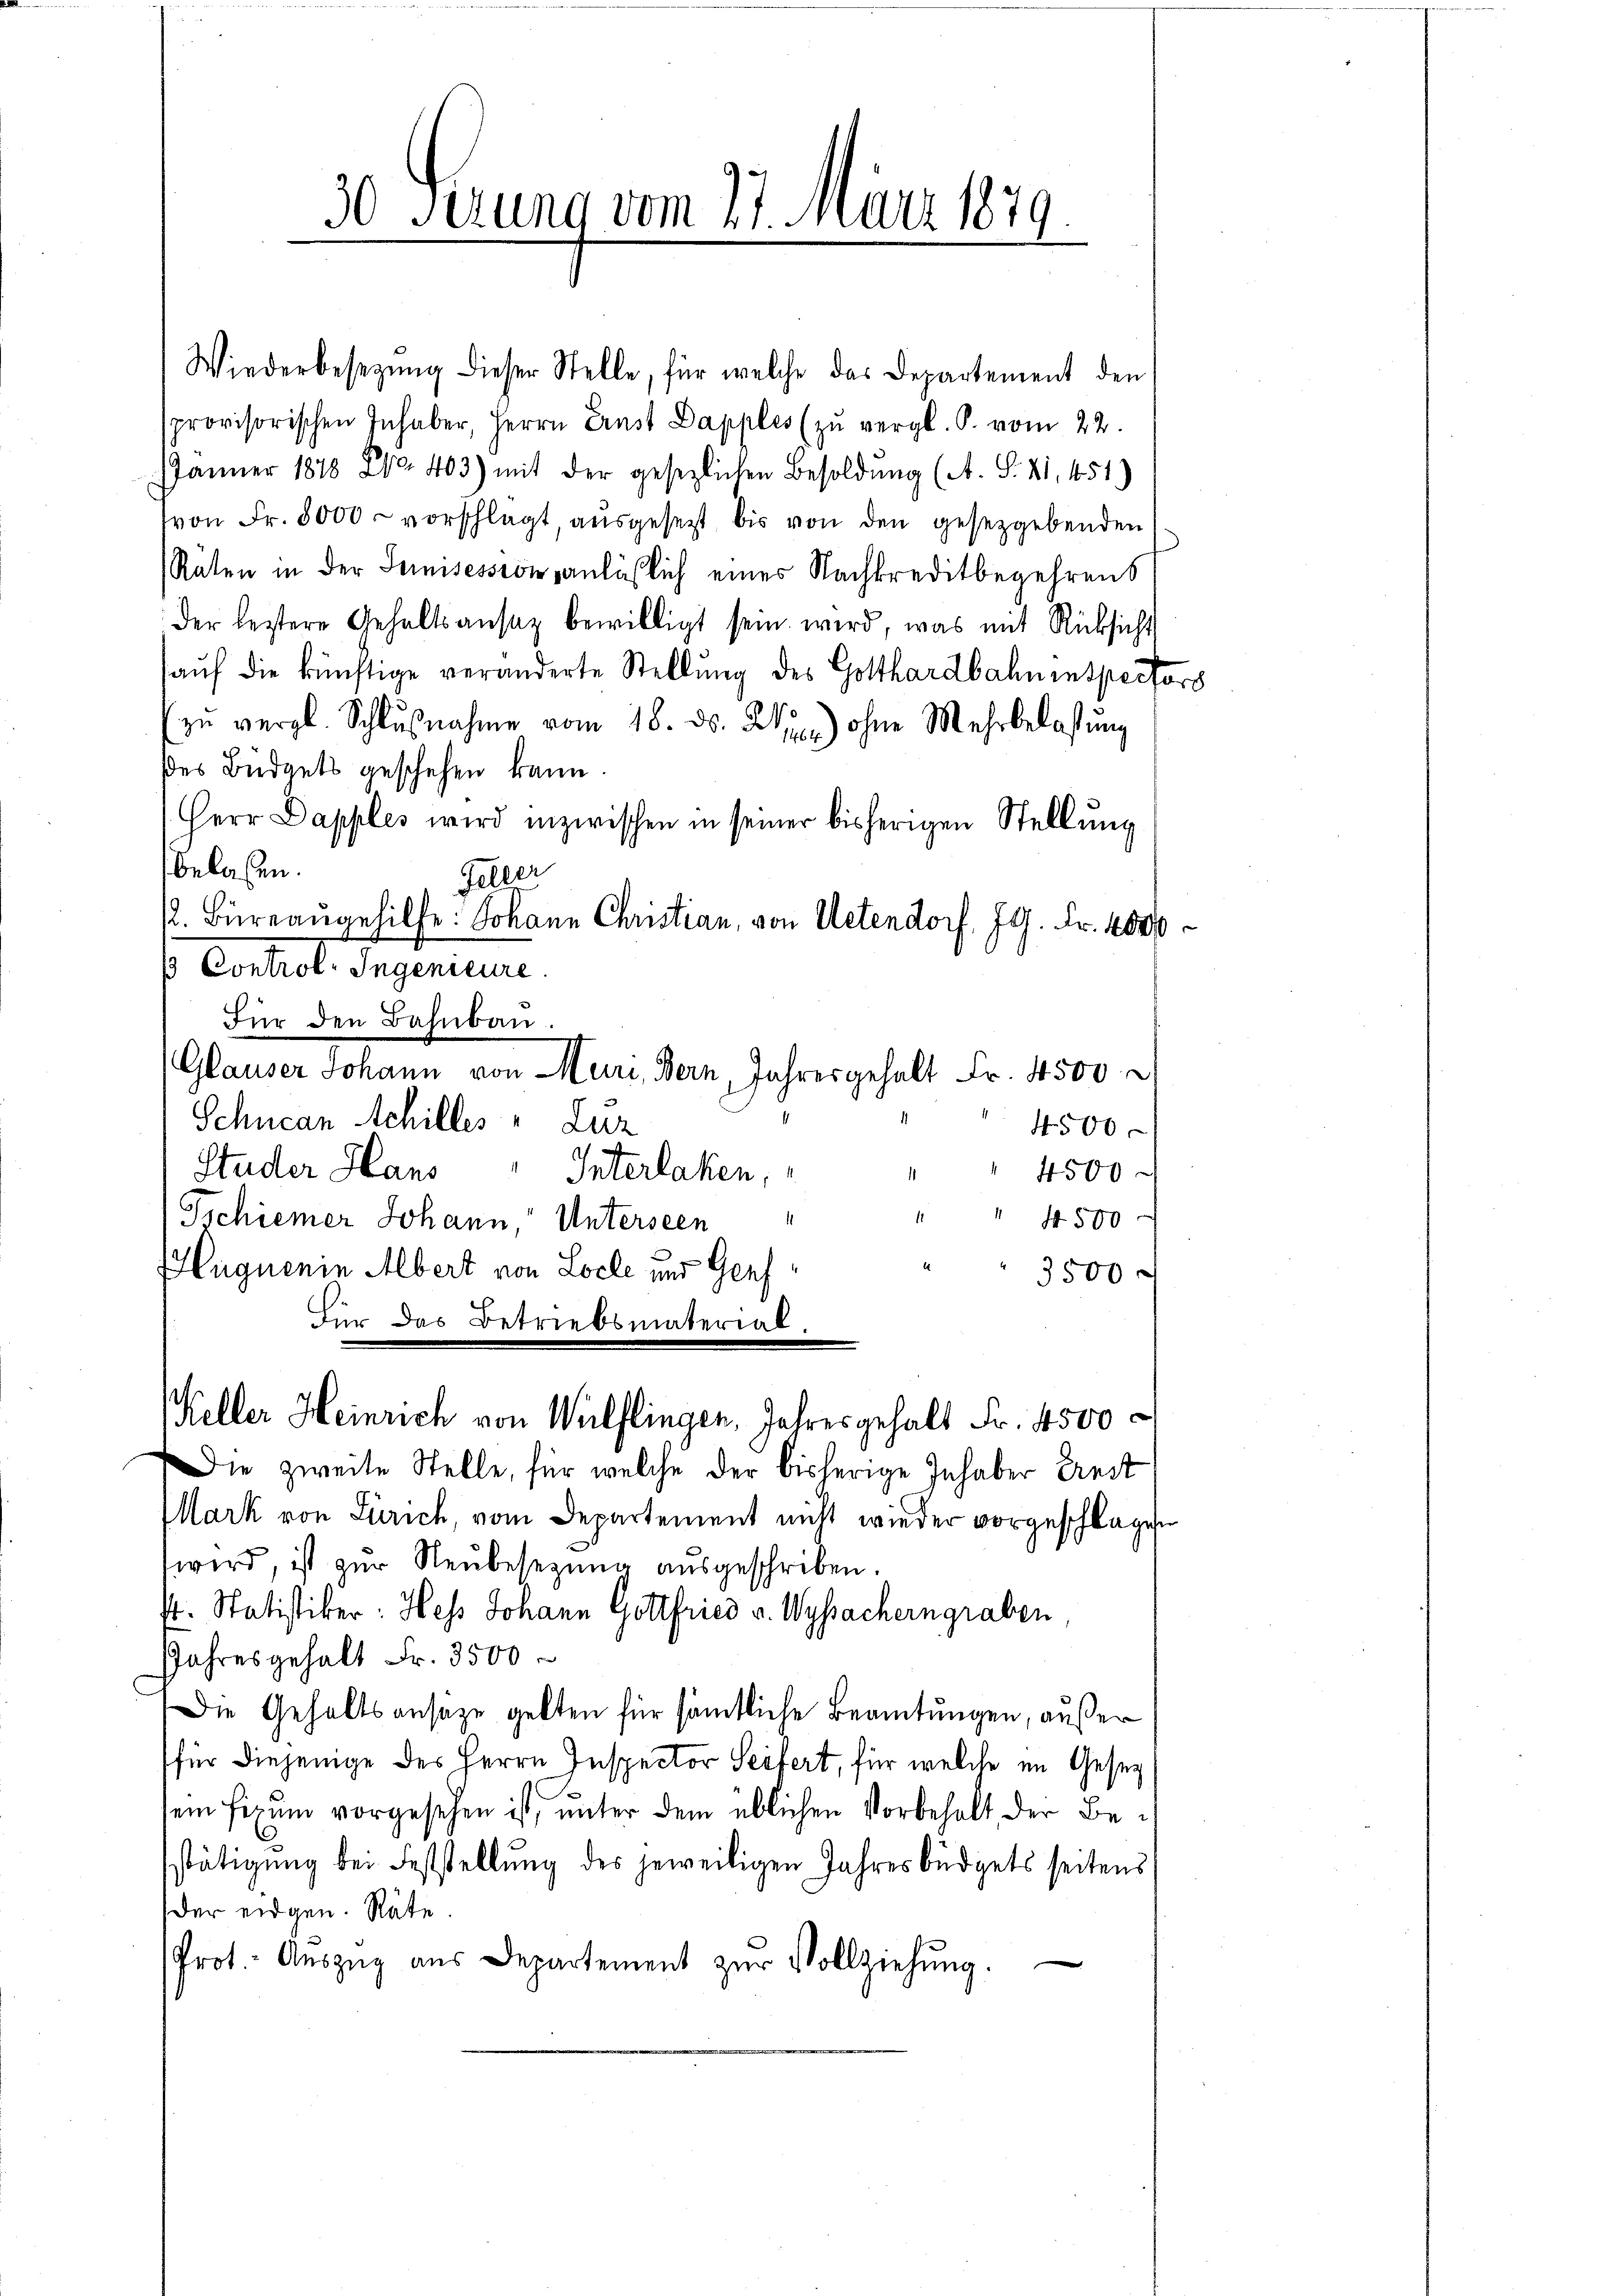
30 Serung vom 27. März 1849

Wiederbesetzŭng dieser Stelle, für welche das Departement den
sprovisorischen Inhaber, Herrn Ernst Dapples (zŭ vergl. P. vom 22.
Jänner 1878 Fr. 403) mit der gesezlichen Besoldŭng (A. S. 21. 451)
von Fr. 8000 vorschlägt ausgesetzt bis von den gesetzgebenden
Räten in der Seinisession anläßlich eines Nachkreditbegehrens
der bestere Gehaltsansaz bewilligt sein wird, was mit Rücksicht
auf die künftige veränderte Stellung des Gotthardbahninspectors
zŭ vergl. Schlŭβnahme vom 18. ds. W.) ohne Mehrbelassŭng
ses Büdgets geschehen kann.
Herr Dapples wird inzwischen in seiner bisherigen Stellung
belassen.
Feller
. Büreaugehilfe: Johann Christian, von Uetendorf, G. Fr. 4000
so Control. Ingenieure.
Für den Bahnbau.
Glauser Johann von Muri, Bern, Jahres gehalt Fr. 4500
Schucan Achilles " Luz
4. 500

Studer Haus " Interlaken,
4500
" 4500
Tschiener Johann, Unterseen
Hugnenin Albert von Locke und Genf
3500
Für das Betriebsmaterial,
Keller Heinrich von Wülflingen, Jahresgehalt Fr. 4500
Die zweite Stelle, für welche der bisherige Inhaber Ernst
Mark von Zürich, vom Departement nicht wieder vorgeschlagen
wird, ist zur Neŭbesezung ausgeschriben.
k. Statistiker: Hess Johann Gottfried v. Wyssacherngraben
Jahresgehalt Fr. 3500
Die Gehaltsansaze gelten für sämtliche Beamtungen, außer
für diejenige des Herrn Inspector Seitert, für welche im Geset
sein Fixum vorgesehen ist, unter dem üblichen Vorbehalt der Besstätigung bei Feststellung des jeweiligen Jahresbüdgets seitens
der eidgen. Räte.

Prot. Aŭszŭg aŭs Departement zŭr Vollziehung.